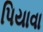
પિયાવા